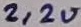
Text: 2,2u